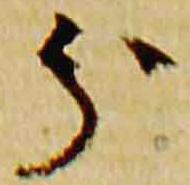
分